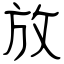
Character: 放